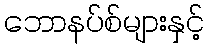
ဘောနပ်စ်များနှင့်